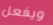
ويفعل